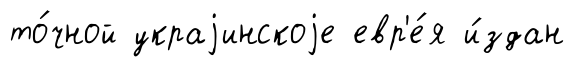
то́чной украjинскоjе евр'е́я и́здан